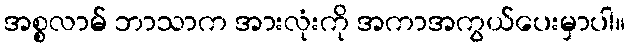
အစ္စလာမ် ဘာသာက အားလုံးကို အကာအကွယ်ပေးမှာပါ။